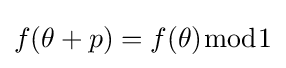
f(\theta +p)=f(\theta ){\bmod {1}}